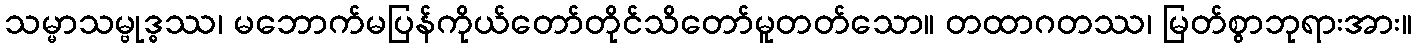
သမ္မာသမ္ဗုဒ္ဓဿ၊ မဘောက်မပြန်ကိုယ်တော်တိုင်သိတော်မူတတ်သော။ တထာဂတဿ၊ မြတ်စွာဘုရားအား။